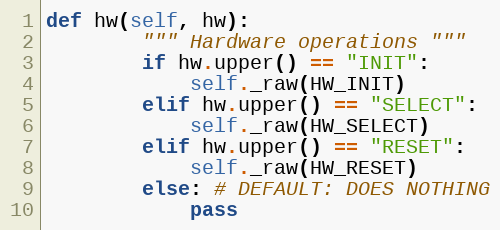
Language: Python
def hw(self, hw):
        """ Hardware operations """
        if hw.upper() == "INIT":
            self._raw(HW_INIT)
        elif hw.upper() == "SELECT":
            self._raw(HW_SELECT)
        elif hw.upper() == "RESET":
            self._raw(HW_RESET)
        else: # DEFAULT: DOES NOTHING
            pass